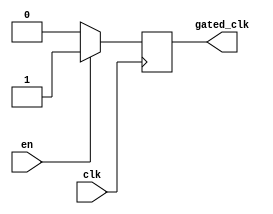
module clock_gating_buffer (
    input wire clk,      // Primary clock signal
    input wire en,       // Enable signal
    output wire gated_clk // Gated clock output
);

// Internal signal for synchronization
reg gated_clk_reg;

// Gated clock logic
always @(posedge clk) begin
    if (en) begin
        gated_clk_reg <= 1'b1;  // Pass the clock when enabled
    end else begin
        gated_clk_reg <= 1'b0;  // Hold low when disabled
    end
end

assign gated_clk = gated_clk_reg;

endmodule